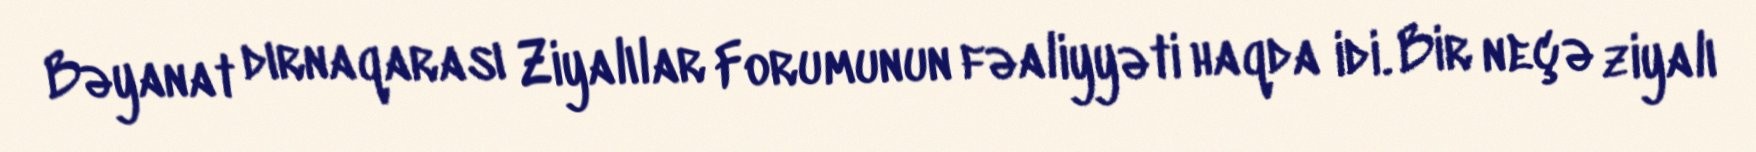
Bəyanat dırnaqarası Ziyalılar Forumunun fəaliyyəti haqda idi. Bir neçə ziyalı